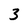
Character: 3